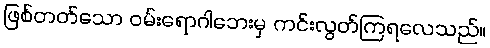
ဖြစ်တတ်သော ဝမ်းရောဂါဘေးမှ ကင်းလွတ်ကြရလေသည်။